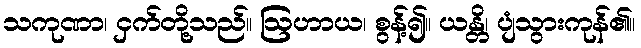
သကုဏာ၊ ငှက်တို့သည်။ ဩဟာယ၊ စွန့်၍။ ယန္တိ၊ ပျံသွားကုန်၏။